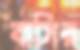
বাসির